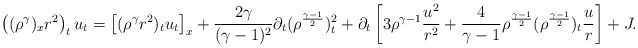
\begin{align*}\begin{aligned}\left((\rho^\gamma)_xr^2\right)_tu_t=\left[(\rho^\gamma r^2)_tu_t\right]_x+\frac{2\gamma}{(\gamma-1)^2}\partial_t(\rho^{\frac{\gamma-1}{2}})_t^2+\partial_t\left[3\rho^{\gamma-1}\frac{u^2}{r^2}+\frac{4}{\gamma-1}\rho^{\frac{\gamma-1}{2}}(\rho^{\frac{\gamma-1}{2}})_t\frac{u}{r}\right]+J.\end{aligned}\end{align*}